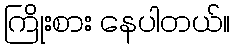
ကြိုးစား နေပါတယ်။